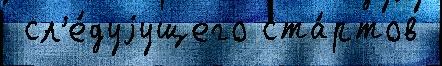
 сл'е́дуjущего ста́ртов